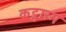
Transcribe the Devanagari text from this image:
कट्टारम